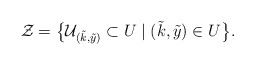
\begin{align*} \mathcal{Z} = \big\{ \mathcal{U}_{(\tilde{k} , \tilde{y})} \subset U \mid (\tilde{k} , \tilde{y}) \in U \big\} .\end{align*}